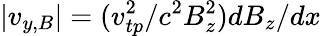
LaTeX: |{v}_{y,B}|=(v_{tp}^{2}/c^{2}B_{z}^{2})dB_{z}/dx